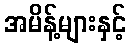
အမိန့်များနှင့်